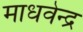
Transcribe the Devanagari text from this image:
माधवेन्द्र